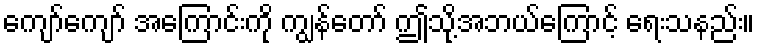
ကျော်ကျော် အကြောင်းကို ကျွန်တော် ဤသို့အဘယ်ကြောင့် ရေးသနည်း။